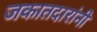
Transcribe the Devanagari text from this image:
जकातदारांनी